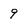
Character: 9